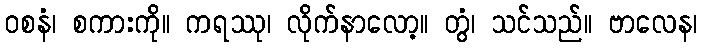
ဝစနံ၊ စကားကို။ ကရဿု၊ လိုက်နာလော့။ တွံ၊ သင်သည်။ ဗာလေန၊